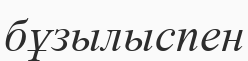
бұзылыспен